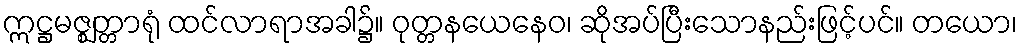
ဣဋ္ဌမဇ္ဈတ္တာရုံ ထင်လာရာအခါ၌။ ဝုတ္တနယေနေဝ၊ ဆိုအပ်ပြီးသောနည်းဖြင့်ပင်။ တယော၊